Report on lock hospitals in British Burma
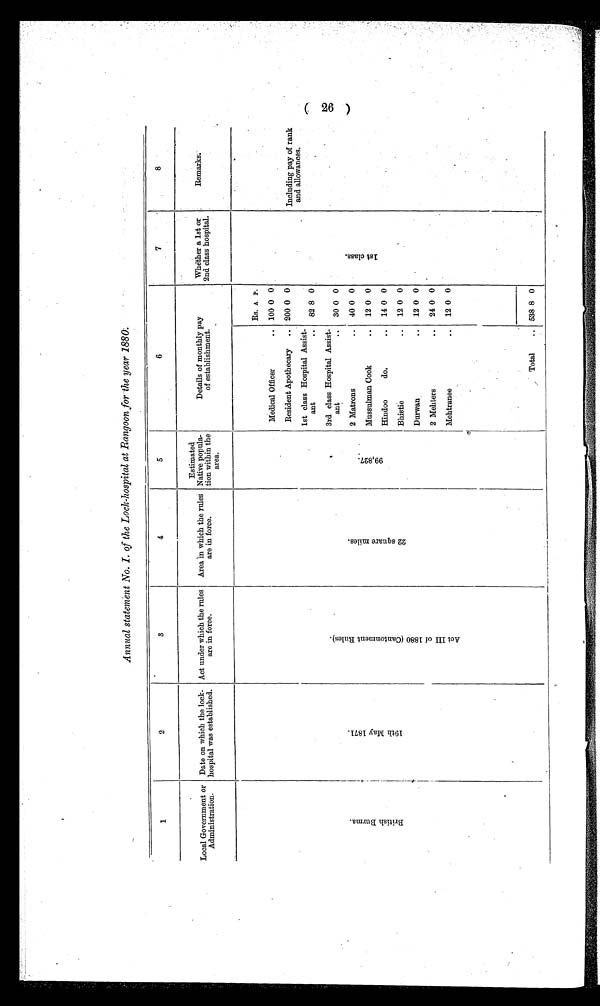
Annual statement No. I. of the Lock-hospital at Rangoon for the year 1880.
1
2
3
4
5
6
7
8
Local Government or
Administration.
Date on which the lock-
hospital was established.
Act under which the rules
are in force.
Area in which the rules
are in force.
Estimated
Native popula-
tion within the
area.
Details of monthly pay
of establishment.
Whether a 1st or
2nd class hospital.
Remarks.
B r i t i s h B u r m a
1 9 t h M a y 1 8 7 1 .
A c t I I I o f 1 8 8 0 ( C a n t o n m e n t R u l e s ) .
2 2 s q u a r e m i l e s .
9 9 , 8 2 7 .
Rs. A P.
1 s t c l a s s .
Including pay of rank
and allowances.
Medical Officer
100 0 0
Resident Apothecary .. 200 0 0
1st class Hospital Assist-
ant
.. 82 8 0
3rd class Hospital Assist-
ant
..
30 0 0
2 Matrons
..
40 0 0
12 0 0
Mussulman Cook
..
Hindoo
do.
..
14 0 0
12 0 0
Bhistie
..
D urwan
.. 12 0 0
2 Mehters
..
24 0 0
Mehtranee
..
12 0 0
Total
.. 538 8 0
(26)